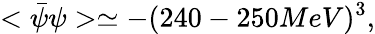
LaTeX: <\bar{\psi}\psi>\simeq-(240-250MeV)^{3},